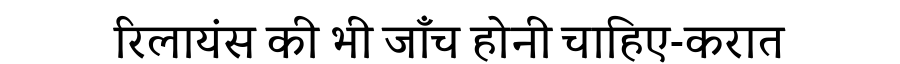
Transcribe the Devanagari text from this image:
रिलायंस की भी जाँच होनी चाहिए-करात